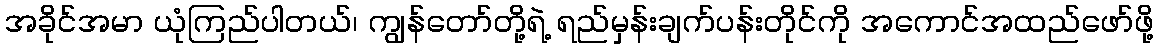
အခိုင်အမာ ယုံကြည်ပါတယ်၊ ကျွန်တော်တို့ရဲ့ ရည်မှန်းချက်ပန်းတိုင်ကို အကောင်အထည်ဖော်ဖို့